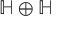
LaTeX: \mathbb { H } \oplus \mathbb { H }